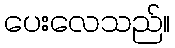
ပေးလေသည်။